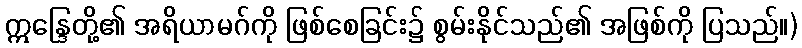
ဣန္ဒြေတို့၏ အရိယာမဂ်ကို ဖြစ်စေခြင်း၌ စွမ်းနိုင်သည်၏ အဖြစ်ကို ပြသည်။)